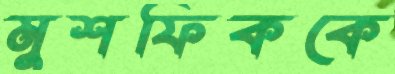
মুশফিককে